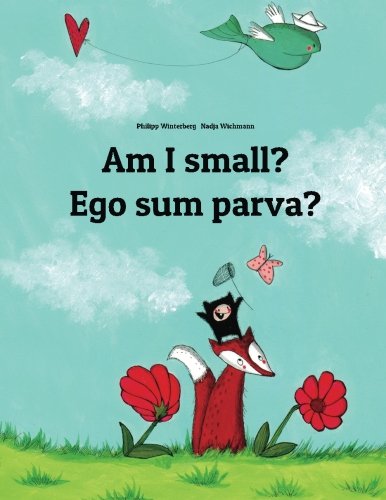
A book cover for Am I small? Ego sum parva?: Children's Picture Book English-Latin (Bilingual Edition/Dual Language); Philipp Winterberg; Children's Books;